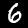
Digit: 6